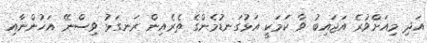
އަދި މިއަށްވުރެ އަޖައިބު ވާ ކަމަކީ އަޅުގަނޑުމެންގެ ތެރެއިން ރަނގަޅު ވިސްނޭ އަޚުންނާއި